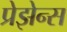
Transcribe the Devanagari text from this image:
प्रेझेन्स